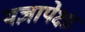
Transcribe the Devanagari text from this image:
यज्ञापेक्षा